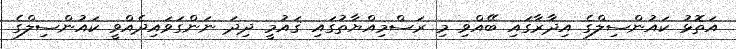
އަތޮޅު ކައުންސިލްގެ އިދާރާގައި ބޭއްވި މި ރަސްމިއްޔާތުގައި ޤައުމީ ދިދަ ނަންގަވައިދެއްވީ ކައުންސިލްގެ